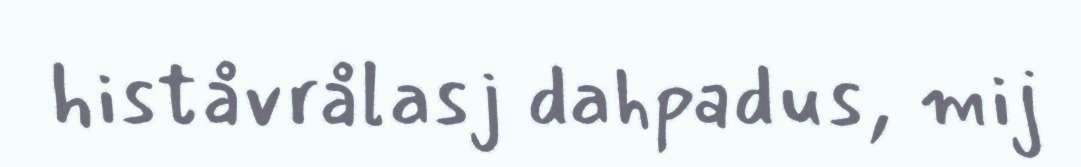
histåvrålasj dahpadus, mij